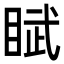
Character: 𬑘